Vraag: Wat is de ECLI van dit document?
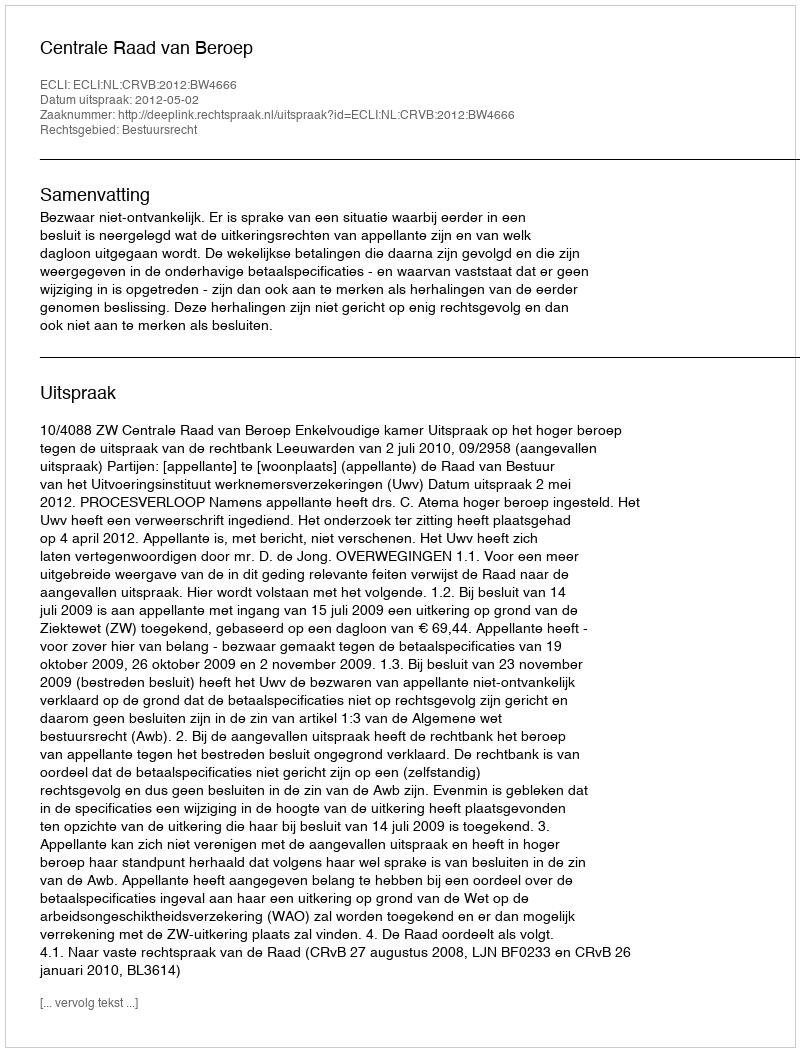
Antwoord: ECLI:NL:CRVB:2012:BW4666